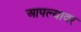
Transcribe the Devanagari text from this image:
आपल्‍यावर